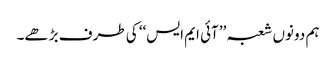
ہم دونوں شعبہ ’’آئی ایم ایس‘‘ کی طرف بڑھے۔